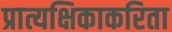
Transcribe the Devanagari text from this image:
प्रात्यक्षिकाकरिता